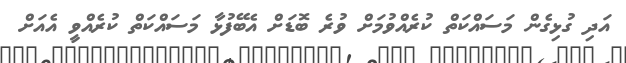
އަދި ގުޅިގެން މަސައްކަތް ކުރެއްވުމަށް ވުރެ ބޮޑަށް އެބޭފުޅާ މަސައްކަތް ކުރެއްވީ އެއަށް